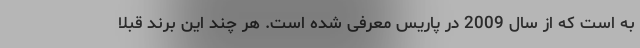
به است که از سال 2009 در پاریس معرفی شده است. هر چند این برند قبلا